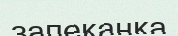
запеканка